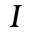
I